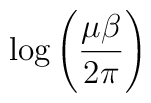
\log \left( \frac{\mu \beta }{2\pi }\right)